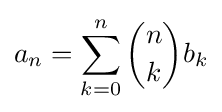
a_{n}=\sum _{k=0}^{n}{\binom {n}{k}}b_{k}